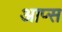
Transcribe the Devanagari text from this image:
आप्स